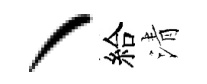
丶給清